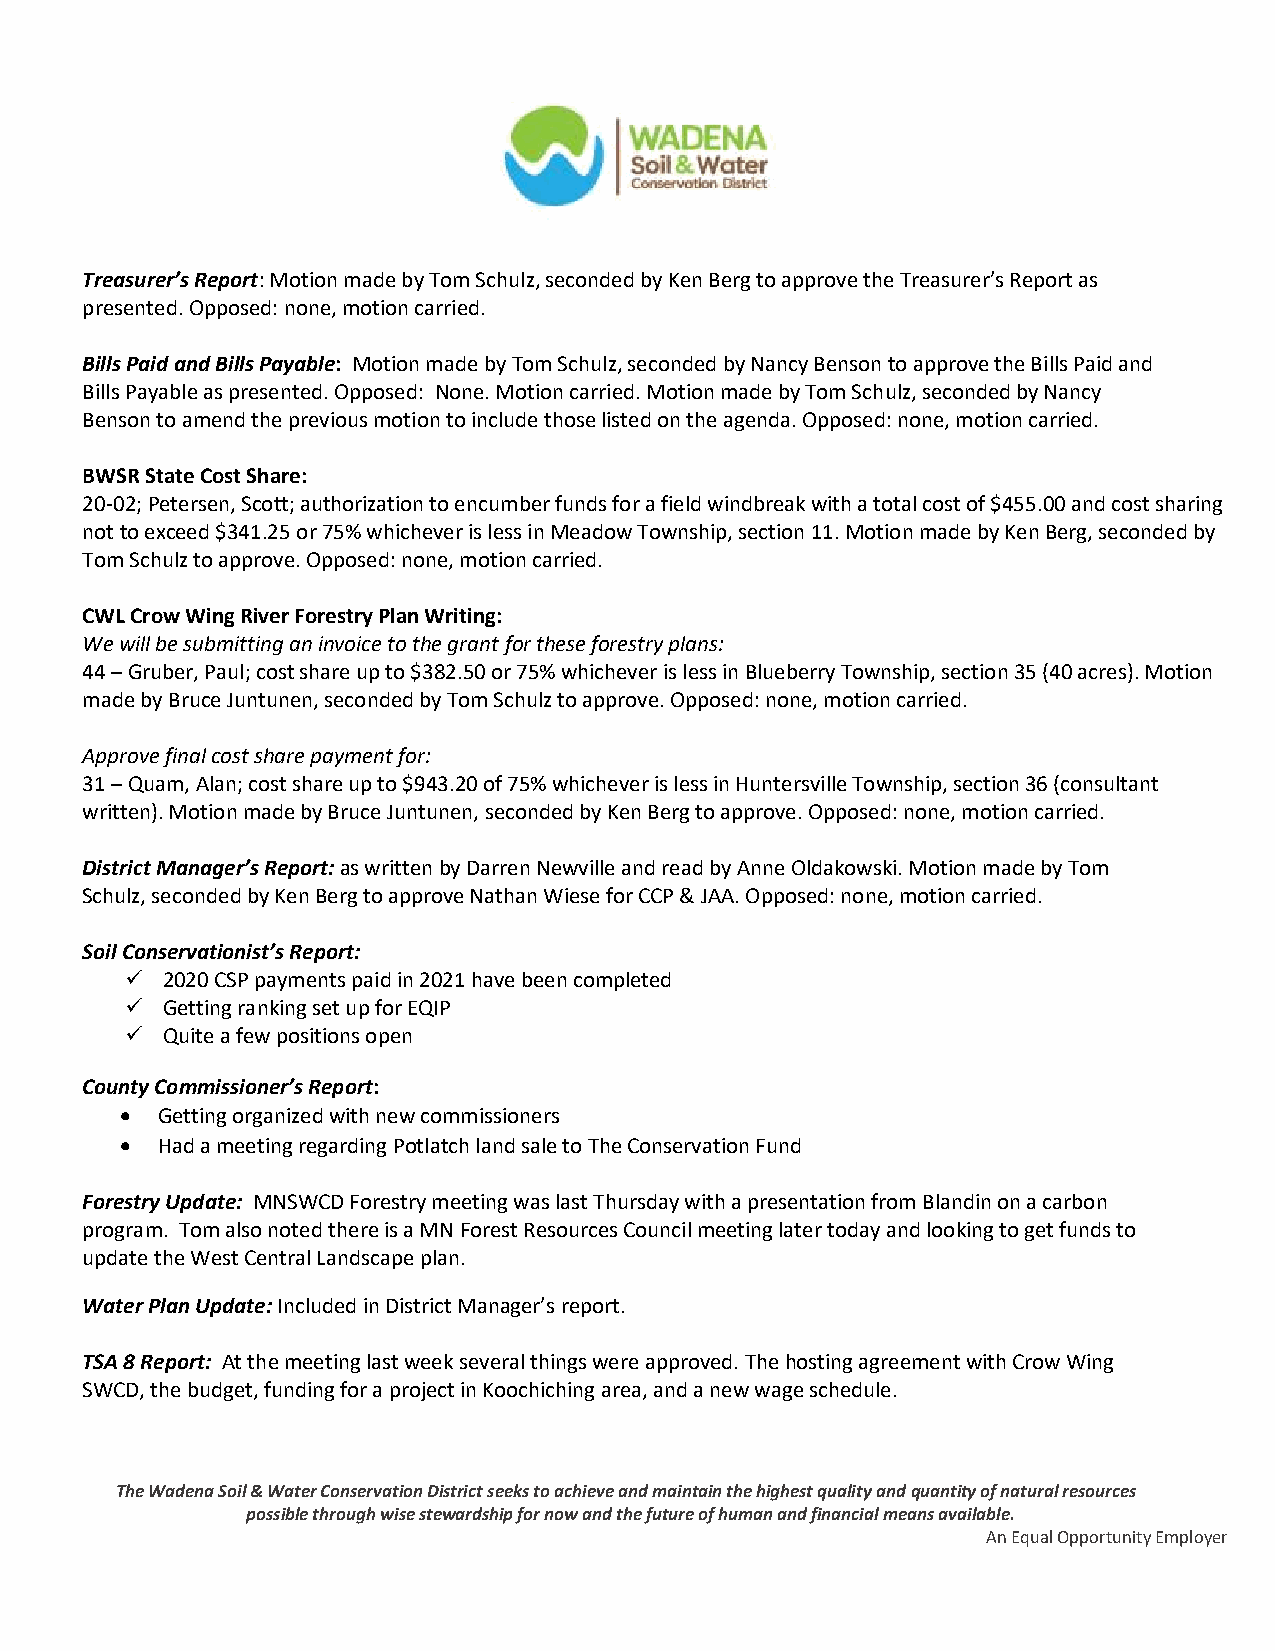
Treasurer’s Report: Motion made by Tom Schulz, seconded by Ken Berg to approve the Treasurer’s Report as
 presented. Opposed: none, motion carried.
 Bills Paid and Bills Payable: Motion made by Tom Schulz, seconded by Nancy Benson to approve the Bills Paid and
 Bills Payable as presented. Opposed: None. Motion carried. Motion made by Tom Schulz, seconded by Nancy
 Benson to amend the previous motion to include those listed on the agenda. Opposed: none, motion carried.
 BWSR State Cost Share:
 20-02; Petersen, Scott; authorization to encumber funds for a field windbreak with a total cost of $455.00 and cost sharing
 not to exceed $341.25 or 75% whichever is less in Meadow Township, section 11. Motion made by Ken Berg, seconded by
 Tom Schulz to approve. Opposed: none, motion carried.
 CWL Crow Wing River Forestry Plan Writing:
 We will be submitting an invoice to the grant for these forestry plans:
 44 – Gruber, Paul; cost share up to $382.50 or 75% whichever is less in Blueberry Township, section 35 (40 acres). Motion
 made by Bruce Juntunen, seconded by Tom Schulz to approve. Opposed: none, motion carried.
 Approve final cost share payment for:
 31 – Quam, Alan; cost share up to $943.20 of 75% whichever is less in Huntersville Township, section 36 (consultant
 written). Motion made by Bruce Juntunen, seconded by Ken Berg to approve. Opposed: none, motion carried.
 District Manager’s Report: as written by Darren Newville and read by Anne Oldakowski. Motion made by Tom
 Schulz, seconded by Ken Berg to approve Nathan Wiese for CCP & JAA. Opposed: none, motion carried.
 Soil Conservationist’s Report:
 ✓  2020 CSP payments paid in 2021 have been completed
 ✓  Getting ranking set up for EQIP
 ✓  Quite a few positions open
 County Commissioner’s Report:
 • Getting organized with new commissioners
 • Had a meeting regarding Potlatch land sale to The Conservation Fund
 Forestry Update: MNSWCD Forestry meeting was last Thursday with a presentation from Blandin on a carbon
 program. Tom also noted there is a MN Forest Resources Council meeting later today and looking to get funds to
 update the West Central Landscape plan.
 Water Plan Update: Included in District Manager’s report.
 TSA 8 Report: At the meeting last week several things were approved. The hosting agreement with Crow Wing
 SWCD, the budget, funding for a project in Koochiching area, and a new wage schedule.
 The Wadena Soil & Water Conservation District seeks to achieve and maintain the highest quality and quantity of natural resources
 possible through wise stewardship for now and the future of human and financial means available.
 An Equal Opportunity Employer